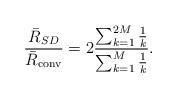
LaTeX: \begin{align*} \frac{\bar R_{SD}}{\bar R_{\rm conv}} =2\frac{\sum_{k=1}^{2M}\frac{1}{k}}{\sum_{k=1}^{M}\frac{1}{k}}.\end{align*}